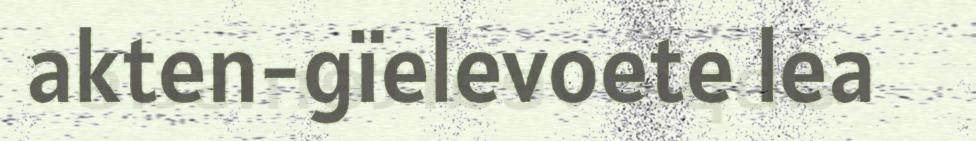
akten-gïelevoete lea